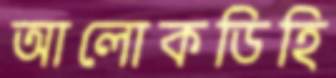
আলোকডিহি